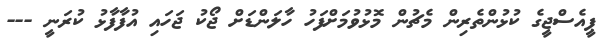
ޕީއެސްޖީގެ ކުޅުންތެރިން މެޗުން މޮޅުވުމަށްފަހު ހާލަންޑަށް ޖޯކު ޖަހައި އުފާފާޅު ކުރަނީ ---